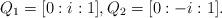
LaTeX: \begin{align*}Q_1=[0:i:1], Q_2=[0:-i:1].\end{align*}